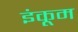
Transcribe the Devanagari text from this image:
इंकूम